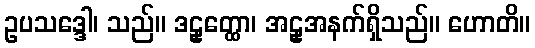
ဥပသဒ္ဒေါ၊ သည်။ ဒဠှတ္ထော၊ အဠှအနက်ရှိသည်။ ဟောတိ။